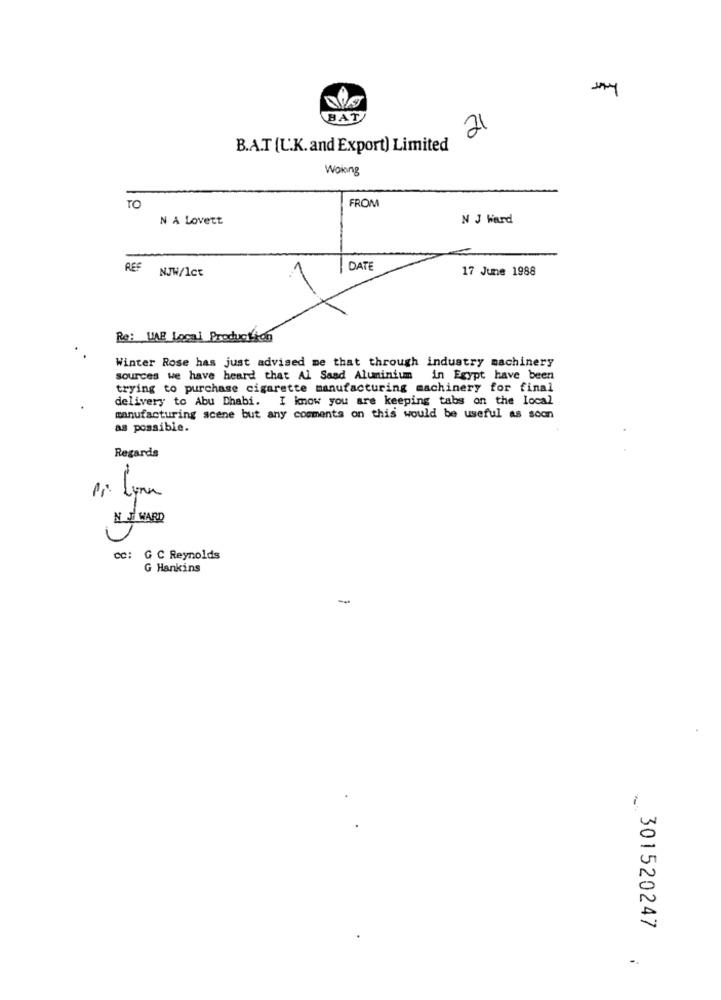
BAT
21
B.A.T [U.K. and Export) Limited
Woiong
FROM
TO
N A Lovett
N J Ward
DATE
17 June 1988
REF NJW/Ict
Re: WAB_Local Production
Winter Rose has just advised me that through industry machinery
sources we have heard that Al Saad Aluminium in Egypt have been
trying to purchase cigarette manufacturing machinery for final
delivery to Abu Dhabi.
I know you are keeping tabs on the local
manufacturing scene but any comments on this would be useful as soon
as possible.
Regards
NEJ WARD
cc: G C Reynolds
G Hankins
-
301520247
..